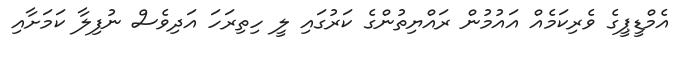
އެމްޑީޕީގެ ވެރިކަމެއް އައުމުން ރައްޔިތުންގެ ކަރުގައި ލީ ހިތިރަހަ އަދިވެސް ނުފިލާ ކަމަށާއި